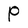
Character: p